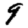
Digit: 9